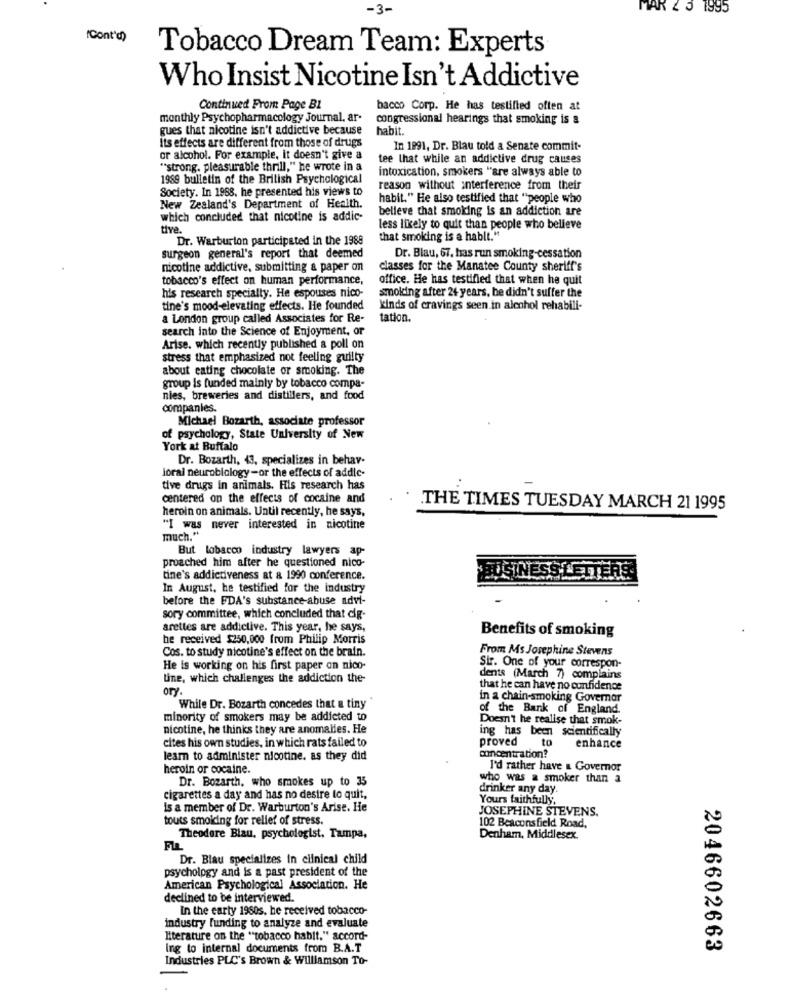
-3-
MAR 2 5 1995
(Cont'd)
Tobacco Dream Team: Experts
Who Insist Nicotine Isn't Addictive
Continued From Page B1
bacco Corp. He has testified often at
monthly Psychopharmacology Journal, ar-
congressional hearings that smoking is a
gues that nicotine isn't addictive because
habit .
its effects are different from those of drugs
In 1991, Dr. Blau told a Senate commit-
or alcohol. For example, it doesn't give a
tee that while an addictive drug causes
"strong. pleasurable thrill," he wrote in a
intoxication, smokers "are always able to
1969 bulletin of the British Psychological
Society. In 1988, he presented his views to
reason without interference from their
habit." He also testified that "people who
New Zealand's Department of Health.
believe that smoking is an addiction are
which concluded that nicotine is addic-
tive
less likely to quit than people who believe
Dr. Warburton participated in the 1988
that smoking is a hablt."
surgeon general's report that deemed
Dr. Blau, 67, has run smoking-cessation
nicotine addictive, submitting & paper on
classes for the Manatee County sheriff's
tobacco's effect on human performance,
office. He has testified that when he quit
his research specialty. He espouses nico-
smoking after 24 years, be didn't suffer the
tine's mood-elevating effects. He founded
kinds of cravings seen in alcohol rehabili-
a London group called Associates for Re-
tation.
search into the Science of Enjoyment, or
Arise. which recently published a poll on
stress that emphasized not feeling guilty
about eating chocolate or smoking. The
group is funded mainly by tobacco compa-
nies, breweries and distillers, and food
companies.
Michael Bozarth, associate professor
of psychology, State University of New
York at Buffalo
Dr. Bozarth, 43, specializes in behav-
loral neurobiology -or the effects of addic-
tive drugs in animals. His research has
centered on the effects of cocaine and
heroin on animals. Until recently, he says,
THE TIMES TUESDAY MARCH 21 1995
"I was never interested in nicotine
much."
But tobacco industry lawyers ap-
proached him after he questioned nico-
tine's addictiveness at & 1990 conference.
USINESSLETTERS
In August, he testified for the industry
before the FDA's substance-abuse advi-
sory committee, which concluded that cig-
arettes are addictive. This year, he says,
Benefits of smoking
be received $250,000 from Philip Morris
Cos. to study nicotine's effect on the brain.
From Ms Josephine Stevens
He is working on his first paper on nico-
Sir. One of your correspon-
tine, which challenges the addiction the-
dents (March 7) complains
ory.
that he can have no confidence
in a chain-smoking Governor
While Dr. Bozarth concedes that a tiny
of the Bank of England.
minority of smokers may be addicted to
Doesn't he realise that smok-
nicotine, he thinks they are anomalies. He
ing has been scientifically
cites his own studies, in which rats failed to
proved to
enhance
learn to administer nicotine. as they did
concentration?
heroin or cocaine.
I'd rather have & Governor
Dr. Bozarth, who smokes up to 35
who was a smoker than a
drinker any day.
cigarettes a day and has no desire to quit,
Yours faithfully,
is a member of Dr. Warburton's Arise. He
JOSEPHINE STEVENS.
touts smoiding for relief of stress.
102 Beaconsfield Road,
Theodore Blau. psychologist. Tampa,
Denham, Middlesex.
FLL
Dr. Blau specializes in clinical child
psychology and is a past president of the
American Psychological Association. He
declined to be interviewed.
In the carty 1960s. he received tobacco-
industry funding to analyze and evaluate
literature on the "tobacco habit." accord-
Ing to internal documents from B.A.T
2046602663
Industries PLC's Brown & Williamson To-